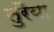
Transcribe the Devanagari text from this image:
तुरैया